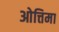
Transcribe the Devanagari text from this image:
ओत्तिमा